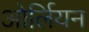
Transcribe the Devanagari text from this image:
ओर्लियन